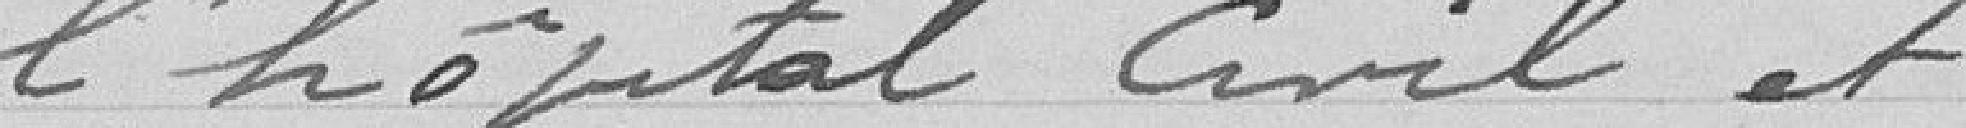
l'hôpital civil et